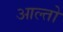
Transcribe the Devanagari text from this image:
आल्तो